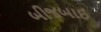
બીજબાઈ